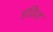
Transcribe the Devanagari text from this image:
डविल